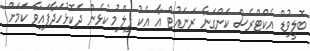
ބޮލީވުޑް އެކްޓްރެސް ކަންގަނާ ރަނައުޓް އާ އެކު ފިލްމު ކުޅެން ދެކޮޅުހަދާފައިވާ ކަމަށް